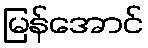
မြန်အောင်